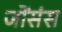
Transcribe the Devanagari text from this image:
जोंसंस